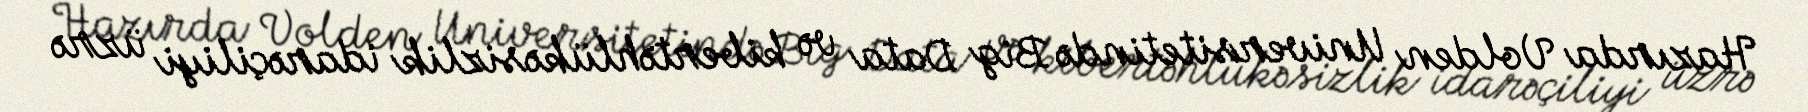
Hazırda Volden Universitetində Big Data və kibertəhlükəsizlik idarəçiliyi üzrə